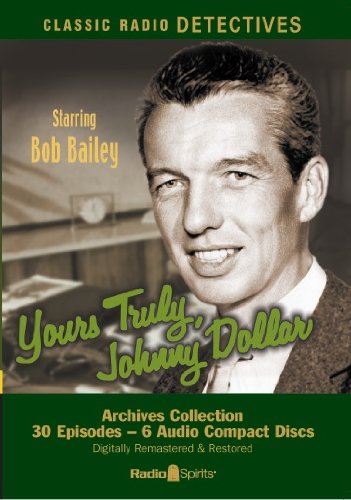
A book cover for Yours Truly, Johnny Dollar (Old Time Radio); Original Radio Broadcasts; Humor & Entertainment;